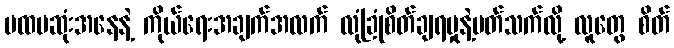
ပထမဆုံးအနေနဲ့ ကိုယ်ရေးအချက်အလက် လုံခြုံစိတ်ချရမှုနဲ့ပတ်သက်လို့ လူတွေ စိတ်